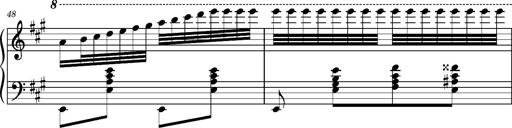
Title: Ungarischer Romanzero
Composer: Franz Liszt